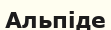
Альпіде